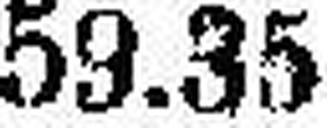
59.35